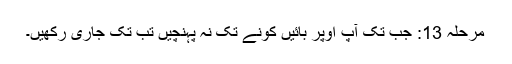
مرحلہ 13: جب تک آپ اوپر بائیں کونے تک نہ پہنچیں تب تک جاری رکھیں۔